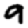
Digit: 9